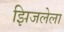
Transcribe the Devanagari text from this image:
झिजलेला